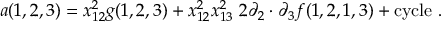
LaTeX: a ( 1 , 2 , 3 ) = x _ { 1 2 } ^ { 2 } g ( 1 , 2 , 3 ) + x _ { 1 2 } ^ { 2 } x _ { 1 3 } ^ { 2 } \; 2 \partial _ { 2 } \cdot \partial _ { 3 } f ( 1 , 2 , 1 , 3 ) + \mathrm { c y c l e } \ .